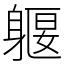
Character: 躽